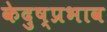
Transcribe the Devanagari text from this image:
केदुष्प्रभाव